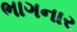
ભાગનાર